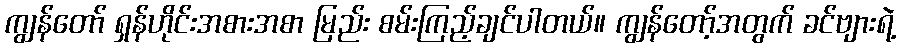
ကျွန်တော် ရှန်ဟိုင်းအစားအစာ မြည်း စမ်းကြည့်ချင်ပါတယ်။ ကျွန်တော့်အတွက် ခင်ဗျားရဲ့